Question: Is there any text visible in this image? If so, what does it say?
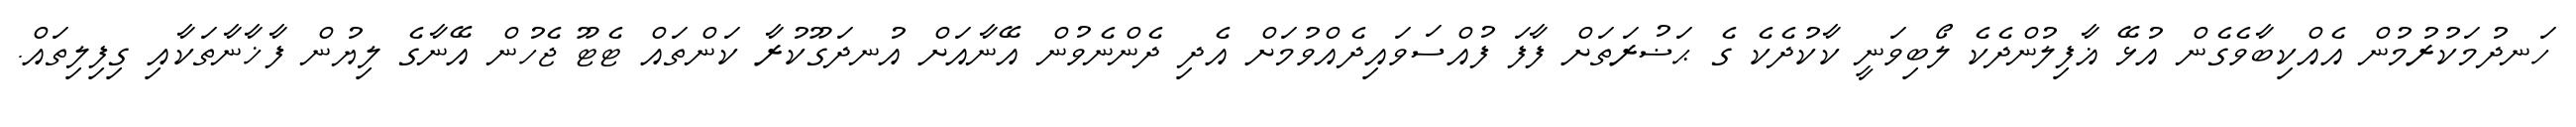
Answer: ހަނދުމަކުރުމުން އެއްކިބާވެގެން އުޅޭ ޣާފިލުންދެކެ ލޯބިވަނީ ކާކުދެކެ ގެ ޙަޟުރަތަށް ފާފަ ފުއްސަވައިދެއްވުމަށް އެދި ދެންނެވުން އޭނާއަށް އުނދަގޫކުރާ ކަންތައް ޓެޓޫ ޖެހުން އޭނާގެ ލިޔުން ފާޚާނާތަކާއި ގިފިލިތައް.